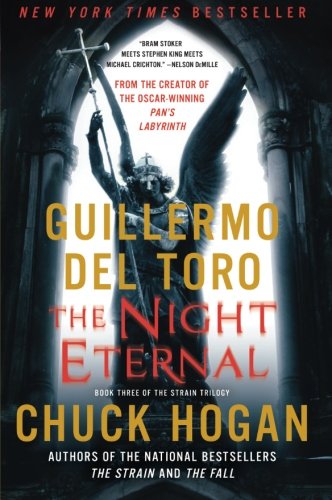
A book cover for The Night Eternal (The Strain Trilogy); Guillermo Del Toro; Mystery, Thriller & Suspense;